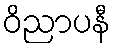
ဝိညာပနီ